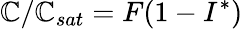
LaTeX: \mathbb{C}/\mathbb{C}_{sat}=F(1-I^{*})